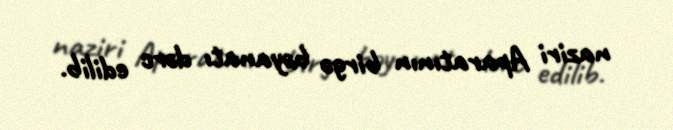
naziri Aparatının birgə bəyanatı dərc edilib.